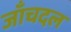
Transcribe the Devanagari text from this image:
जाँचदल